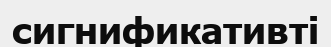
сигнификативті